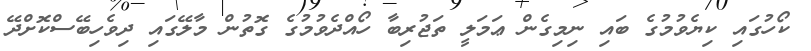
ކޯހުގައި ކިޔެވުމުގެ ބައި ނިމިގެން ޢަމަލީ ތަޖުރިބާ ހޯއްދެވުމުގެ ގޮތުން މާލޭގައި ދިވެހިބޭސްކޮށްދޭ